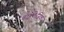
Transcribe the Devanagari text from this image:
बाईफेजिक